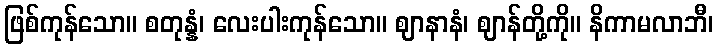
ဖြစ်ကုန်သော။ စတုန္နံ၊ လေးပါးကုန်သော။ ဈာနာနံ၊ ဈာန်တို့ကို။ နိကာမလာဘီ၊